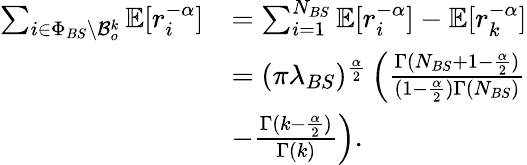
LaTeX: \begin{array}{rl}{\sum_{i\in\Phi_{BS}\backslash\mathcal{B}_{o}^{k}}\mathbb{E}[r_{i}^{-\alpha}]}&{=\sum_{i=1}^{N_{BS}}\mathbb{E}[r_{i}^{-\alpha}]-\mathbb{E}[r_{k}^{-\alpha}]}\\ &{=(\pi\lambda_{BS})^{\frac{\alpha}{2}}\left(\frac{\Gamma(N_{BS}+1-\frac{\alpha}{2})}{(1-\frac{\alpha}{2})\Gamma(N_{BS})}\right.}\\ &{\left.-\frac{\Gamma(k-\frac{\alpha}{2})}{\Gamma(k)}\right).}\end{array}